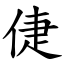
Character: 倢